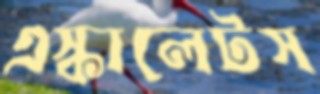
এস্কালেটস